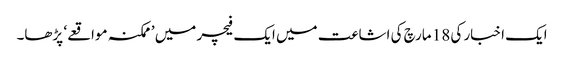
ایک اخبار کی 18 مارچ کی اشاعت میں ایک فیچر میں ’ممکنہ مواقعے‘ پڑھا۔